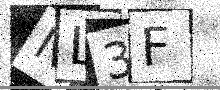
Text: NL3F